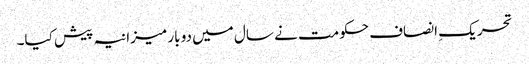
تحریکِ انصاف حکومت نے سال میں دو بار میزانیہ پیش کیا۔